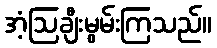
အံ့ဩချီးမွမ်းကြသည်။